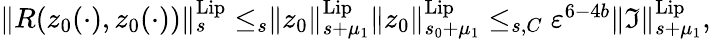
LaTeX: \begin{array}{r}{\rVert R(z_{0}(\cdot),z_{0}(\cdot))\rVert_{s}^{\mathrm{Lip}}\le_{s}\rVert z_{0}\rVert_{s+\mu_{1}}^{\mathrm{Lip}}\rVert z_{0}\rVert_{s_{0}+\mu_{1}}^{\mathrm{Lip}}\le_{s,C}\varepsilon^{6-4b}\rVert\mathfrak{I}\rVert_{s+\mu_{1}}^{\mathrm{Lip}},}\end{array}